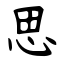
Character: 思